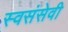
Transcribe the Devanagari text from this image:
स्वसंसेवी